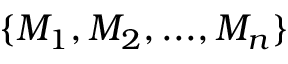
\{ M _ { 1 } , M _ { 2 } , . . . , M _ { n } \}